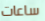
ساعات